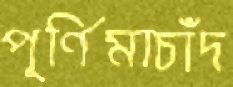
পূর্ণিমাচাঁদ